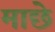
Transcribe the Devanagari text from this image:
माछे